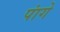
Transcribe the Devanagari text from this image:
पांगे